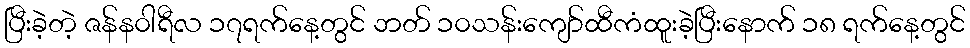
ပြီးခဲ့တဲ့ ဇန်န၀ါရီလ ၁၇ရက်နေ့တွင် ဘတ် ၁၀သန်းကျော်ထီကံထူးခဲ့ပြီးနောက် ၁၈ ရက်နေ့တွင်